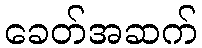
ခေတ်အဆက်